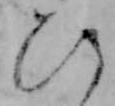
ひ